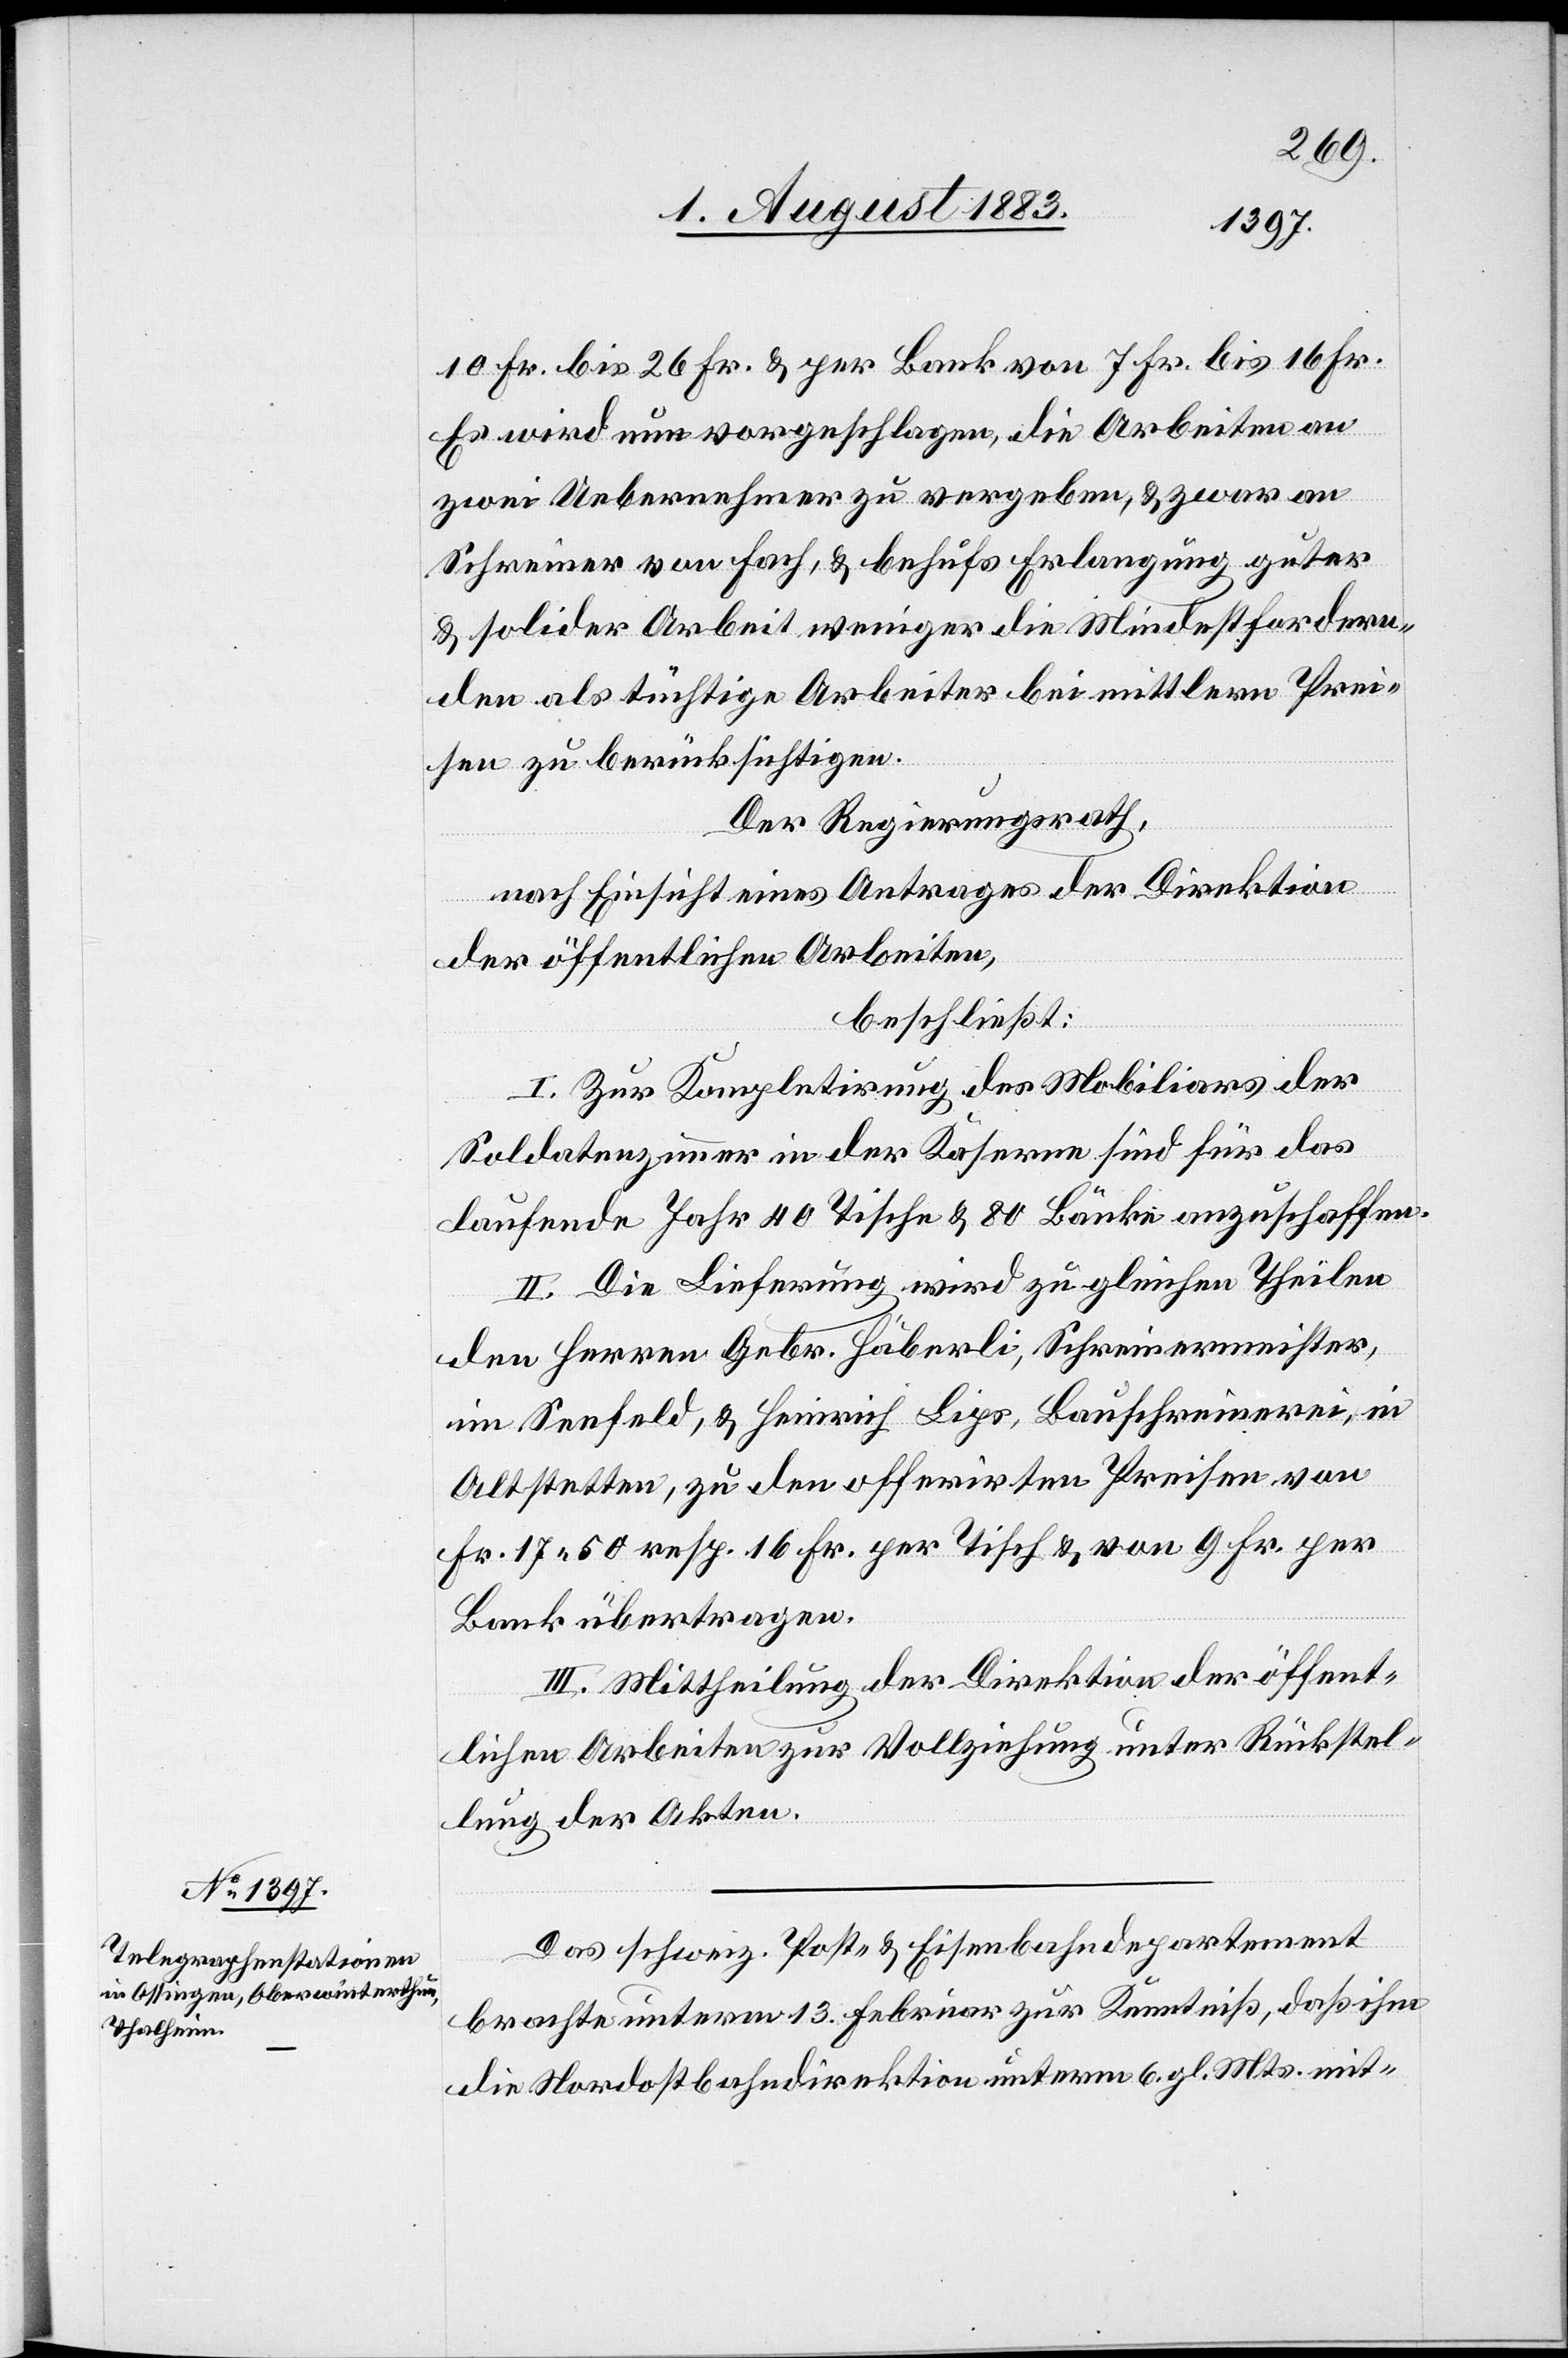
10 Fr. bis 26. Fr. & per Bank von 7 Fr. bis 16. Fr.
Es wird nun vorgeschlagen, die Arbeiten an
zwei Uebernehmer zu vergeben, & zwar an
Schreiner von Fach, & behufs Erlangung guter
& solider Arbeit weniger die Mindestfordern¬
den als tüchtige Arbeiter bei mittlern Prei¬
sen zu berücksichtigen.
Der Regierungsrath,
nach Einsicht eines Antrages der Direktion
der öffentlichen Arbeiten,
beschließt:
I. Zur Kompletirung des Mobiliars der
Soldatenzimmer der Kaserne sind für das
laufende Jahre 40 Tische & 80 Bänke anzuschaffen.
II. Die Lieferung wird zu gleichen Theilen
den Herren Gebr. Häberli, Schreinermeister,
im Seefeld & Heinrich Lips, Bauschreinerei, in
Altstetten, zu den offerirten Preisen von
Fr. 17 50 resp. 16 Fr. per Tisch & von 9 Fr. per
Bank übertragen.
III. Mittheilung an die Direktion der öffent¬
lichen Arbeiten zur Vollziehung unter Rückstel¬
lung der Akten.
Das schweiz. Post- & Eisenbahndepartement
brachte unterm 13. Februar zur Kenntniß, daß ihm
die Nordostbahndirektion unter 6. gl. Mts. mit-